Leaving Certificate Examination, 1919
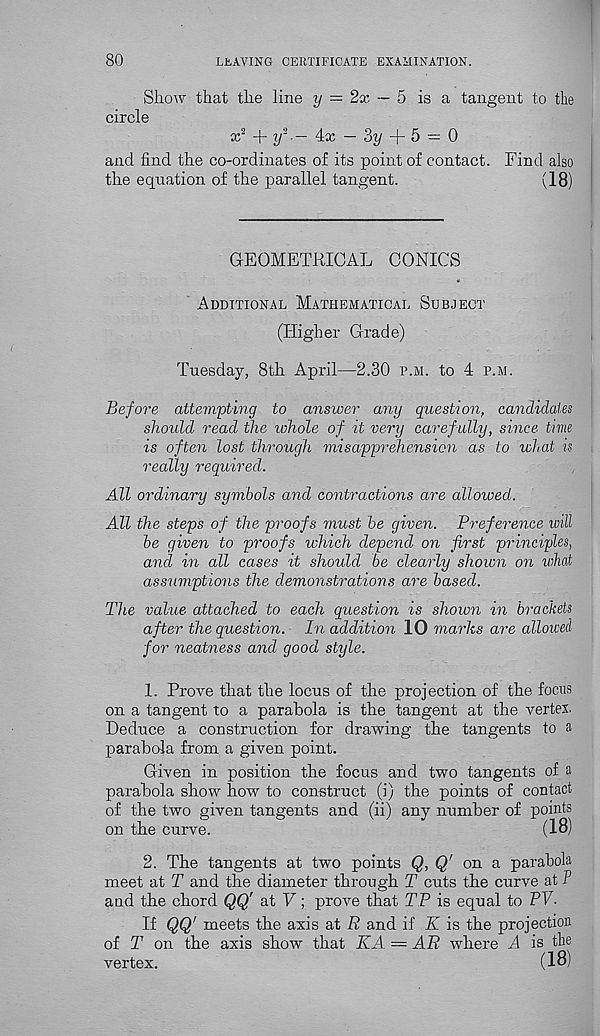
80
LEAVING CERTIFICATE EXAMINATION.
Show that the line y = 2x — 5 is a tangent to the
circle
x 2 + y 2 4iX — 3y
5 — 0
and find the co-ordinates of its point of contact. Find also
the equation of the parallel tangent.
(18)
GEOMETRICAL CONICS
Additional Mathematical Subject
(Higher Grade)
Tuesday, 8th April—2.30 p.m. to 4 p.m.
Before attempting to ansioer any question, candidates
should read the whole of it very carefully, since time
is often lost through misapprehension as to what is
really required.
All ordinary symbols and contractions are allowed.
All the steps of the proofs must he given. Preference ivill
be given to proofs which depend on first principles,
and in all cases it should be clearly shown on what
assumptions the demonstrations are based.
The value attached to each question is shown in brackets
after the question. In addition 10 marks are allowed
for neatness and good style.
1. Prove that the locus of the projection of the focus
on a tangent to a parabola is the tangent at the vertex.
Deduce a construction for drawing the tangents to a
parabola from a given point.
Given in position the focus and two tangents of a
parabola show how to construct (i) the points of contact
of the two given tangents and (ii) any number of points
on the curve.
(18)
2. The tangents at two points Q, Q' on a parabola
meet at T and the diameter through T cuts the curve at P
and the chord QQ' at V; prove that TP is equal to PV.
If QQ' meets the axis at R and if K is the projection
of T on the axis show that KA = AR where A is tie
vertex.
(18)